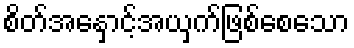
စိတ်အနှောင့်အယှက်ဖြစ်စေသော